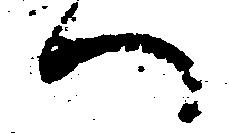
へ